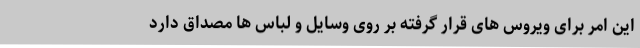
این امر برای ویروس های قرار گرفته بر روی وسایل و لباس ها مصداق دارد